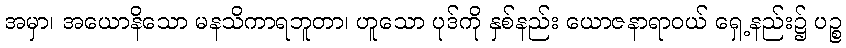
အမှာ၊ အယောနိသော မနသိကာရဘူတာ၊ ဟူသော ပုဒ်ကို နှစ်နည်း ယောဇနာရာဝယ် ရှေ့နည်း၌ ပဉ္စ